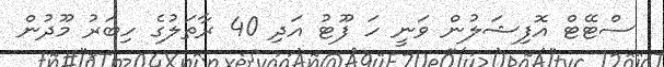
ސްޓޭޓް އޮފިޝަލުން ވަނީ ހަ ފޫޓު އަދި 40 ރާތަލުގެ ހިބަރު މޫދުން